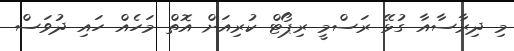
މި ދިރާސާއާ ގުޅޭ ރަސްމީ ރިޕޯޓް ކުރިއަށް އޮތް މަހެއް ހައި ދުވަސް